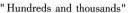
"Hundreds and thousands".